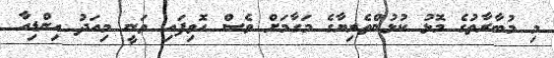
މި މުބާރާތުގެ މޮޅު ކުޅުންތެރިޔާގެ މަގާމަށް ވެސް ހޮވިފައި ވަނީ މިއަދު އިންޑިއާ